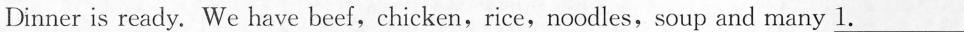
Dinner is ready.We have beef,chicken,rice,noodles, soup and many \underline{1.}